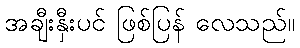
အချီးနှီးပင် ဖြစ်ပြန် လေသည်။